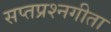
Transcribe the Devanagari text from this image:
सप्तप्रश्नगीता